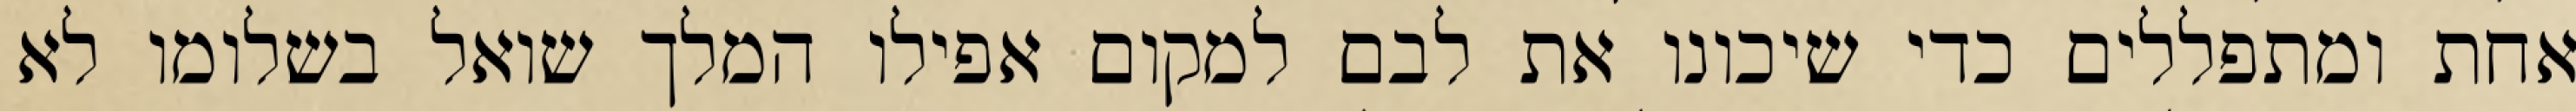
אחת ומתפללים כדי שיכונו את לבם למקום אפילו המלך שואל בשלומו לא